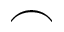
\frown